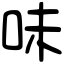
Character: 味